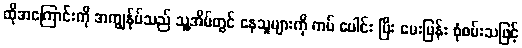
ထိုအကြောင်းကို အကျွန်ုပ်သည် သူ့အိမ်တွင် နေသူများကို ကပ် ပေါင်း ပြီး မေးမြန်း စုံစမ်းသဖြင့်